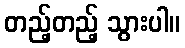
တည့်တည့် သွားပါ။